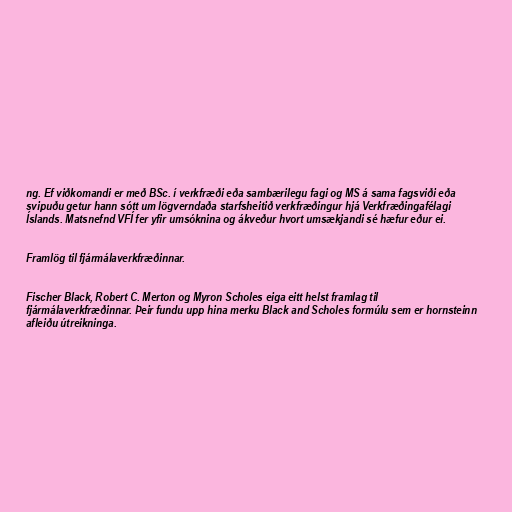
ng. Ef viðkomandi er með BSc. í verkfræði eða sambærilegu fagi og MS á sama fagsviði eða
svipuðu getur hann sótt um lögverndaða starfsheitið verkfræðingur hjá Verkfræðingafélagi
Íslands. Matsnefnd VFÍ fer yfir umsóknina og ákveður hvort umsækjandi sé hæfur eður ei.

Framlög til fjármálaverkfræðinnar.

Fischer Black, Robert C. Merton og Myron Scholes eiga eitt helst framlag til
fjármálaverkfræðinnar. Þeir fundu upp hina merku Black and Scholes formúlu sem er hornsteinn
afleiðu útreikninga.